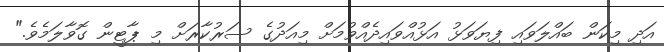
އަދި މިކަން ބައްލަވައި ފިޔަވަޅު އަޅުއްވައިދެއްވުމަށް މިއަދުގެ ސަރުކާރަށް މި ޕާޓީން ގޮވާލަމެވެ."